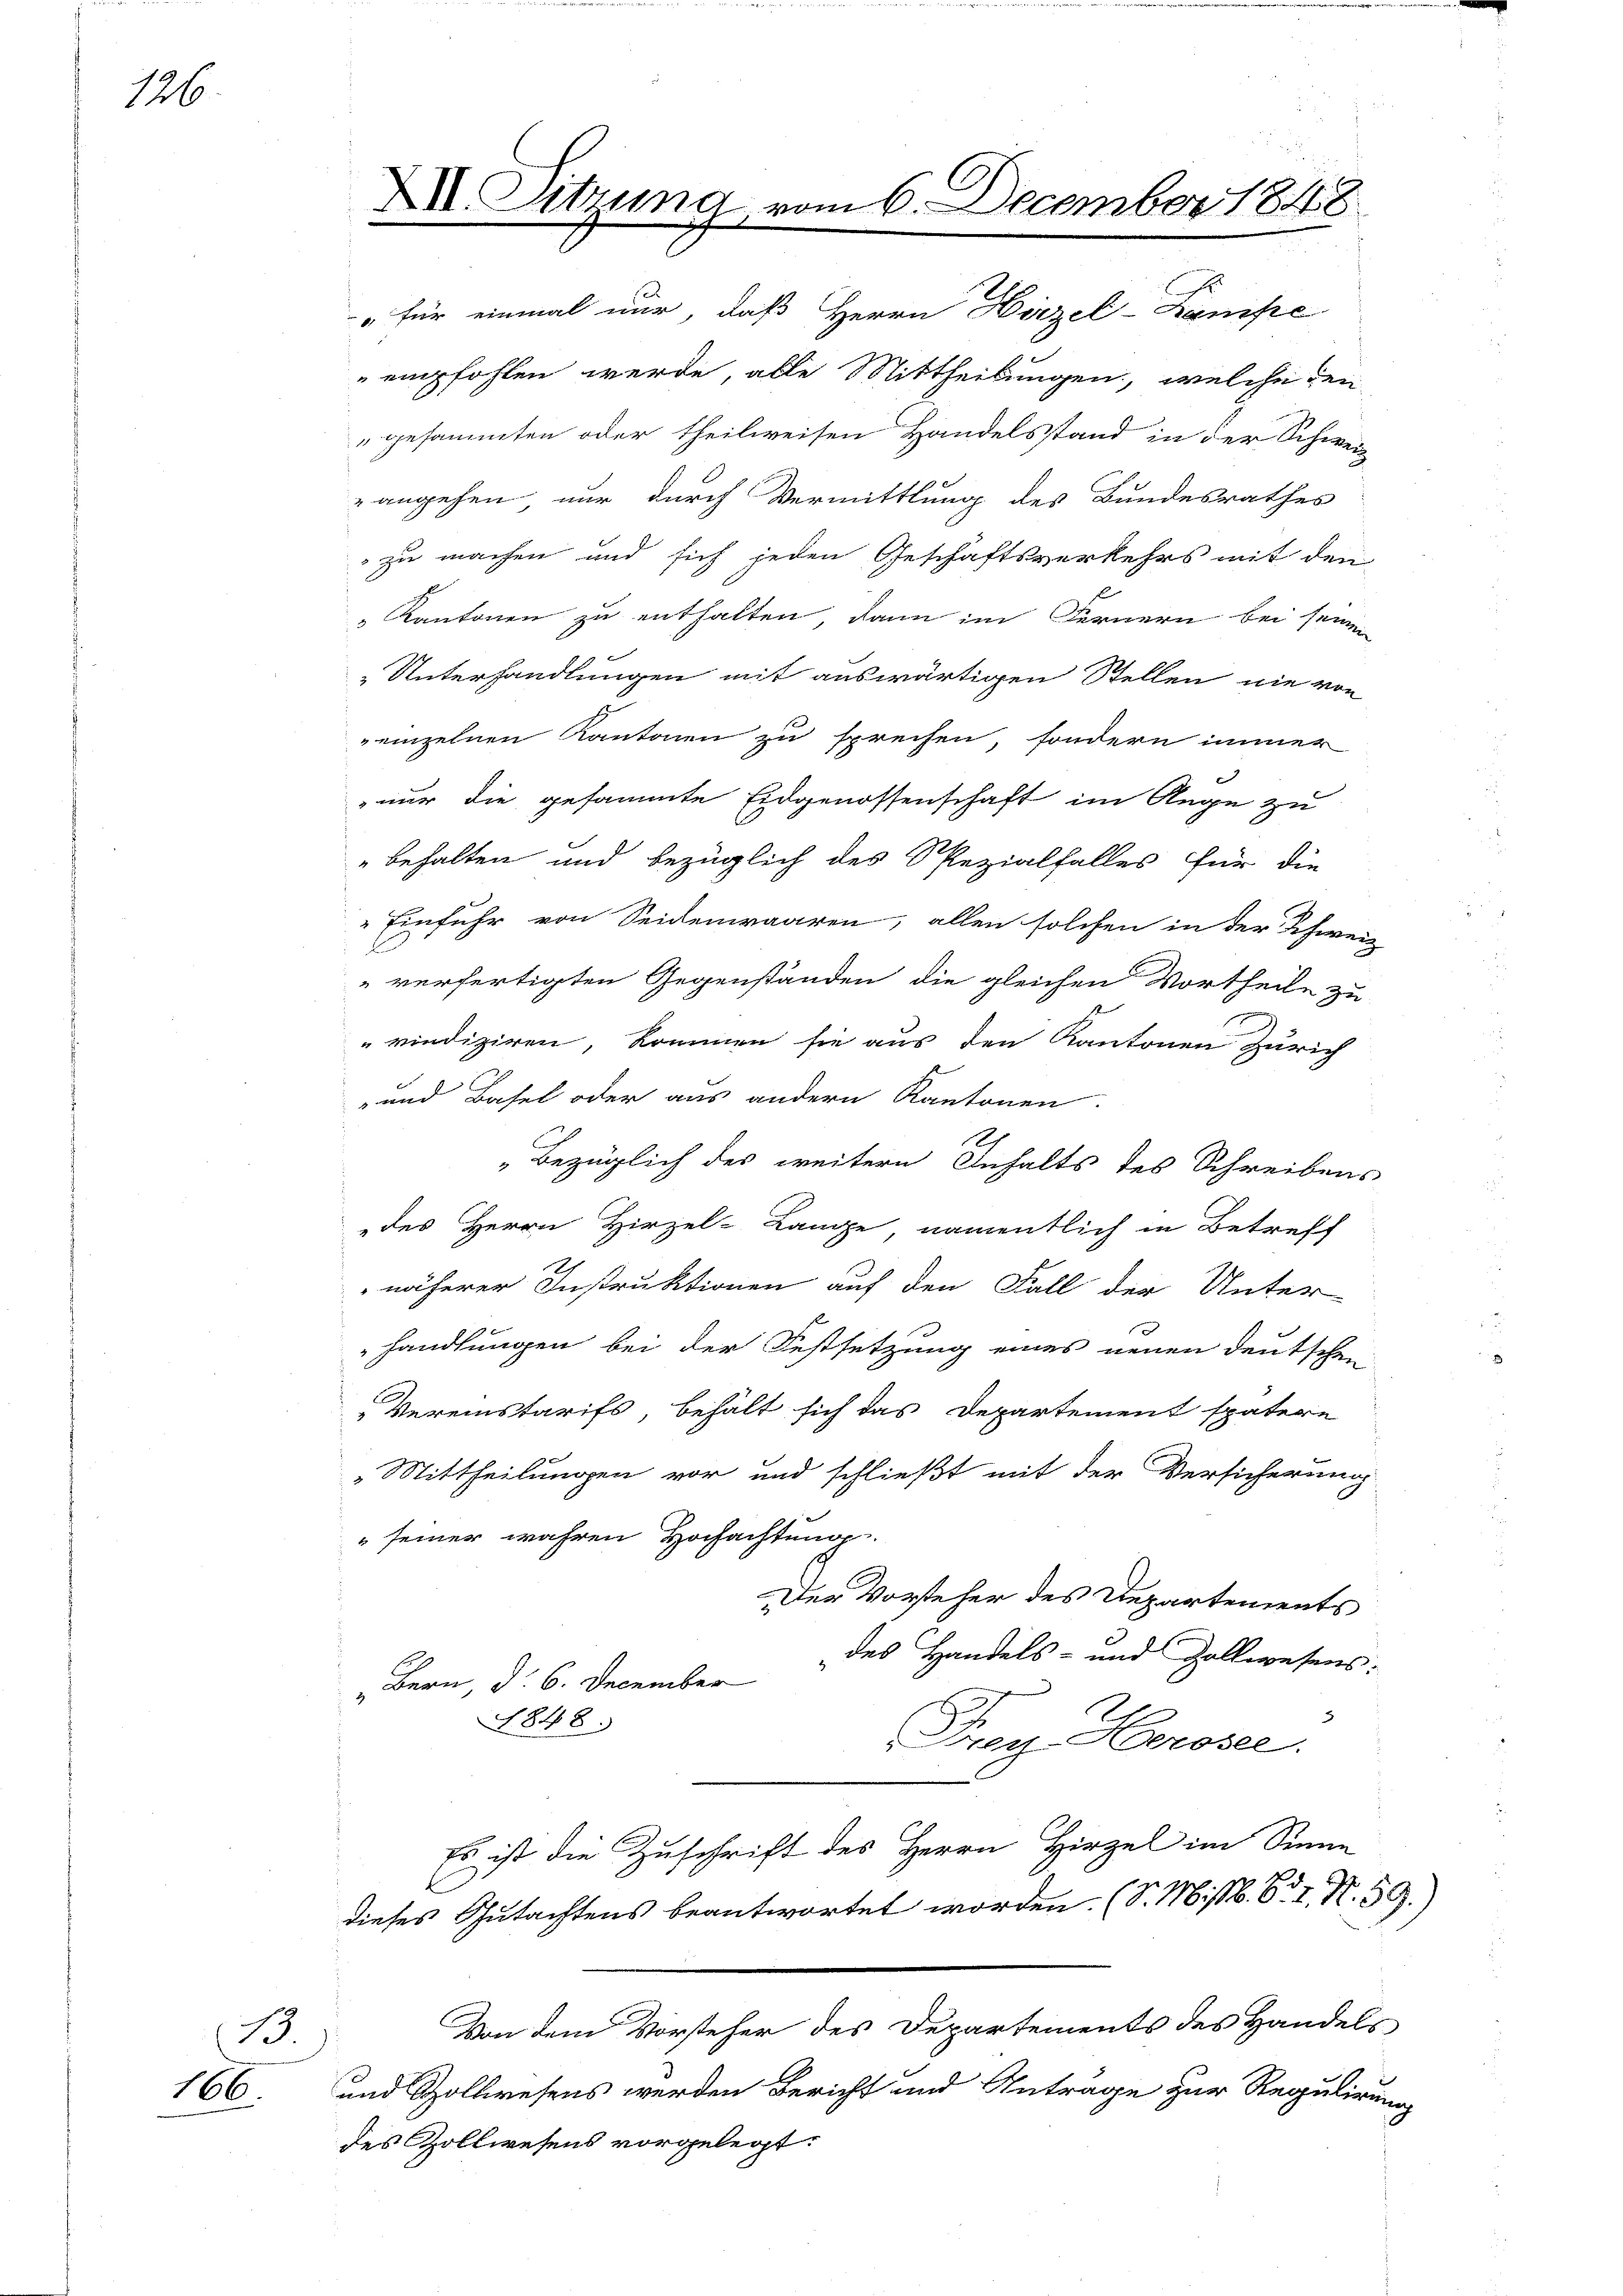
126

13.
166.

empfohlen werde, alle Mittheilungen, welche den
"gesammten oder theilweisen Handelsstand in der Schweiz
angehen nur durch Vermittlung des Bundesrathes
zu machen und sich jeden Geschäftsverkehrs mit den
" Kantonen zu enthalten, dann im Fernern bei seinen
Unterhandlungen mit auswärtigen Stellen nie von
einzelnen Kantonen zu sprechen, sondern immer
nur die gesammte Eidgenossenschaft im Auge zu
behalten und bezüglich des Spezialfalles für die
" Einfuhr von Seidenwaaren, allen solchen in der Schweiz
verfertigten Gegenständen die gleichen Vortheile zu
vindiziren, kommen sie aus den Kantonen Zürich
- und Basel oder aus andern Kantonen.
Bezüglich des weitern Inhalts des Schreibens
des Herrn Hirzel-Lange, namentlich in Betreff
näherer Instruktionen auf den Fall der Unter-
handlungen bei der Festsetzung eines neuen deutschen
Vereinstarifs, behält sich das Departement spätere
„Mittheilungen vor und schließt mit der Versicherung
" seiner wahren Hochachtung.
Der Vorsteher des Departements
des Handels- und Zollwesens:
Bern, d. 6. December
3
1848.
Froy Hocosee.
Es ist die Zuschrift des Herrn Hirzel im Sinne
dieses Gutachtens beantwortet worden. (S. Miss. S. 7, N. 59.)
Von dem Vorsteher des Departements des Handels
und Zollwesens werden Bericht und Anträge zur Regulirung
des Zollwesens vorgelegt.

XII. Sitzung vom 6. December 1848.
" für einmal nur, daß Herrn Hirzel-Kampe